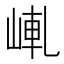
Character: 𡸗